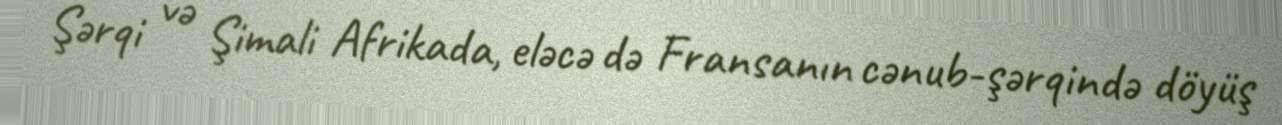
Şərqi və Şimali Afrikada, eləcə də Fransanın cənub-şərqində döyüş